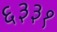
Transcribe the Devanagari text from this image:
६३३१